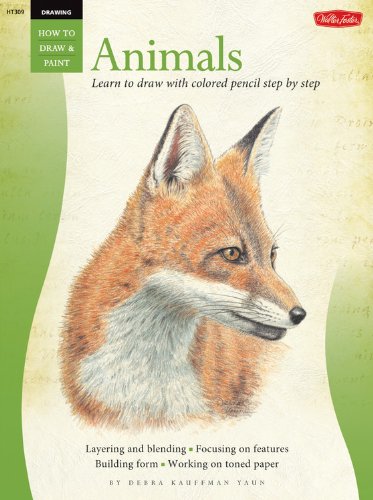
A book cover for Drawing: Animals in Colored Pencil: Learn to draw with colored pencil step by step (How to Draw & Paint); Debra Kauffman Yaun; Arts & Photography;